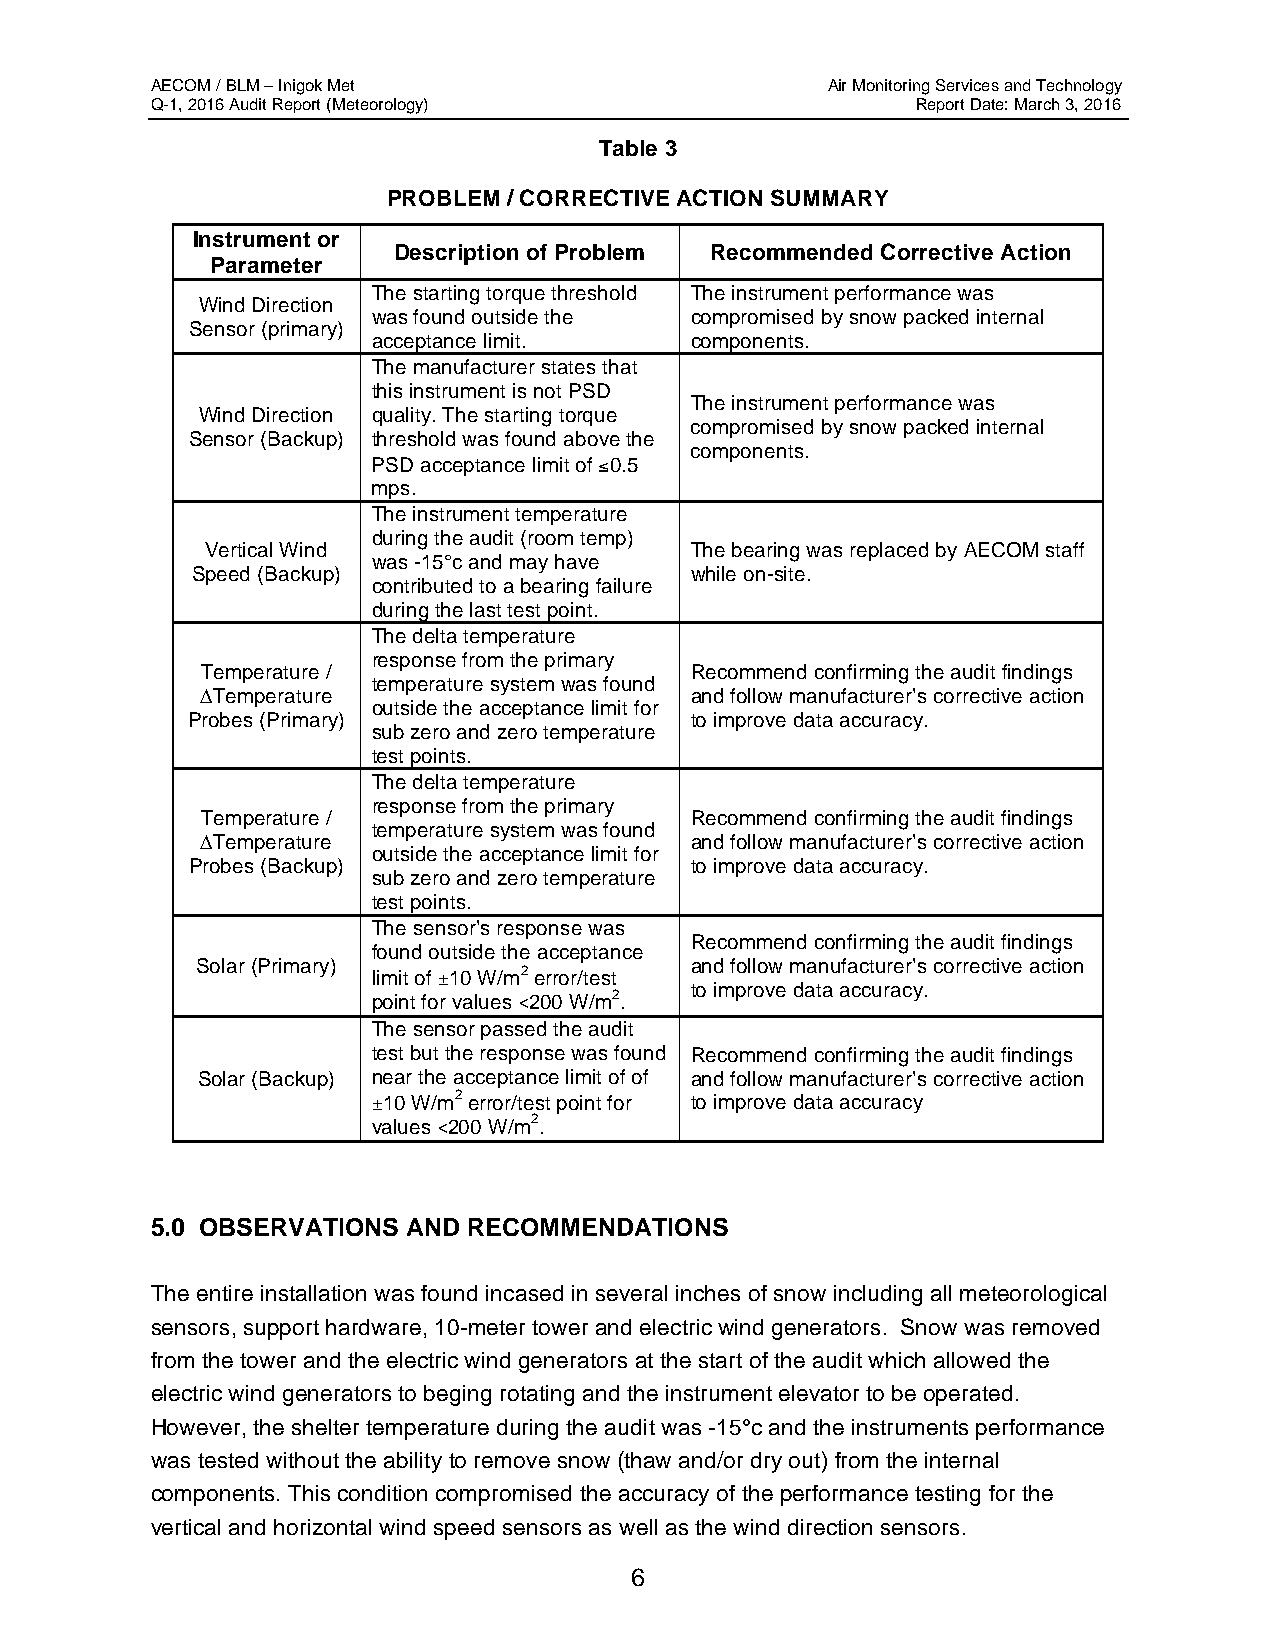
AECOM / BLM – Inigok Met                     Air Monitoring Services and Technology
 Q-1, 2016 Audit Report (Meteorology)               Report Date: March 3, 2016
 Table 3
 PROBLEM / CORRECTIVE ACTION SUMMARY
 Instrument or
 Description of Problem Recommended Corrective Action
 Parameter
 The starting torque threshold The instrument performance was
 Wind Direction
 was found outside the compromised by snow packed internal
 Sensor (primary)
 acceptance limit.    components.
 The manufacturer states that
 this instrument is not PSD
 The instrument performance was
 Wind Direction quality. The starting torque
 compromised by snow packed internal
 Sensor (Backup) threshold was found above the
 components.
 PSD acceptance limit of ≤0.5
 mps.
 The instrument temperature
 during the audit (room temp)
 Vertical Wind                   The bearing was replaced by AECOM staff
 was -15°c and may have
 Speed (Backup)                   while on-site.
 contributed to a bearing failure
 during the last test point.
 The delta temperature
 response from the primary
 Temperature /                    Recommend confirming the audit findings
 temperature system was found
 ∆Temperature                     and follow manufacturer’s corrective action
 outside the acceptance limit for
 Probes (Primary)                  to improve data accuracy.
 sub zero and zero temperature
 test points.
 The delta temperature
 response from the primary
 Temperature /                    Recommend confirming the audit findings
 temperature system was found
 ∆Temperature                     and follow manufacturer’s corrective action
 outside the acceptance limit for
 Probes (Backup)                  to improve data accuracy.
 sub zero and zero temperature
 test points.
 The sensor’s response was
 Recommend confirming the audit findings
 found outside the acceptance
 Solar (Primary)                  and follow manufacturer’s corrective action
 limit of ±10 W/m2 error/test
 to improve data accuracy.
 point for values <200 W/m2.
 The sensor passed the audit
 test but the response was found Recommend confirming the audit findings
 Solar (Backup) near the acceptance limit of of and follow manufacturer’s corrective action
 ±10 W/m2 error/test point for to improve data accuracy
 values <200 W/m2.
 5.0 OBSERVATIONS AND RECOMMENDATIONS
 The entire installation was found incased in several inches of snow including all meteorological
 sensors, support hardware, 10-meter tower and electric wind generators. Snow was removed
 from the tower and the electric wind generators at the start of the audit which allowed the
 electric wind generators to beging rotating and the instrument elevator to be operated.
 However, the shelter temperature during the audit was -15°c and the instruments performance
 was tested without the ability to remove snow (thaw and/or dry out) from the internal
 components. This condition compromised the accuracy of the performance testing for the
 vertical and horizontal wind speed sensors as well as the wind direction sensors.
 6